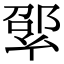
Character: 𢇊